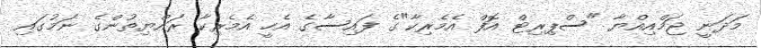
މަދަނީ ޖަމްއިއްޔާ "ސްޕިރިޓް އޮފް އެމެރިކާ"ގެ ފައިސާގެ އެހީ އެމެރިކާ ރައްޔިތުންގެ ނަމުގައި